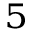
_ 5